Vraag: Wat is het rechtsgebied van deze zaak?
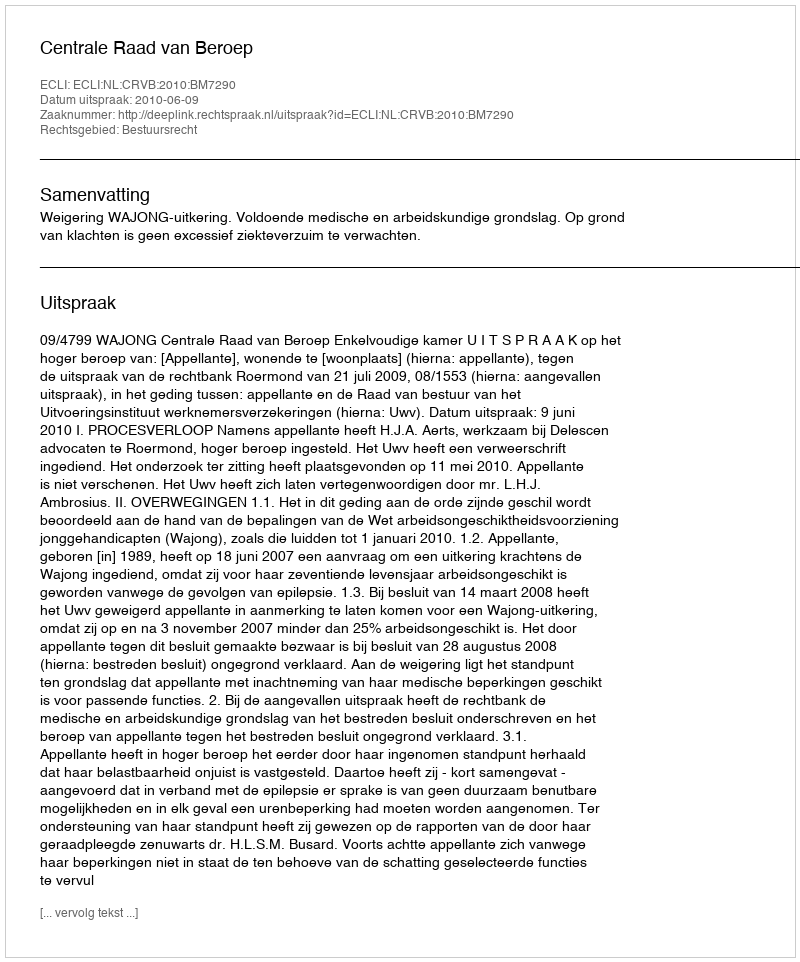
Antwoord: Bestuursrecht